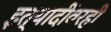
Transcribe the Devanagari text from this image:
इत्यादींवरही